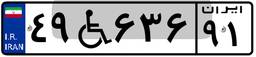
۷۹W۴۰۱۱۷